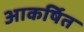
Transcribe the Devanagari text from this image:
आकर्षित